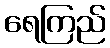
ရေကြည်